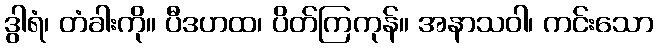
ဒွါရံ၊ တံခါးကို။ ပီဒဟထ၊ ပိတ်ကြကုန်။ အနာသဝါ၊ ကင်းသော